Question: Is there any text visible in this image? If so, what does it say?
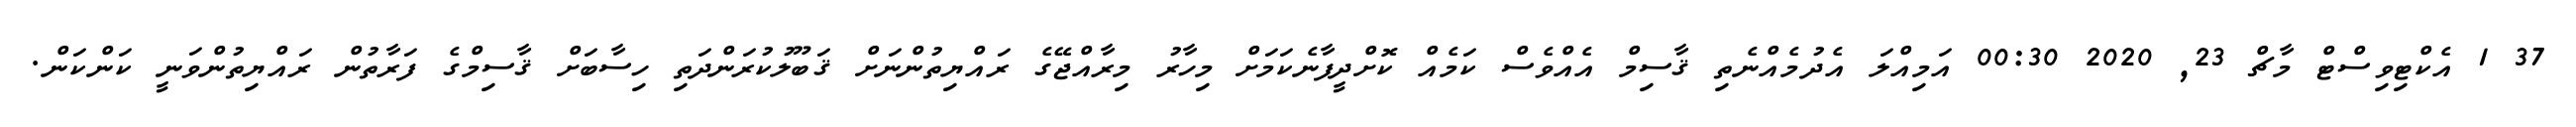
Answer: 37 1 އެކްޓިވިސްޓް މާޗް 23, 2020 00:30 އަމިއްލަ އެދުމެއްނެތި ޤާސިމް އެއްވެސް ކަމެއް ކޮށްދީފާނެކަމަށް މިހާރު މިރާއްޖޭގެ ރައްޔިތުންނަށް ޤަބޫލުކުރަންދަތި ހިސާބަށް ޤާސިމްގެ ފަރާތުން ރައްޔިތުންވަނީ ކަންކަން.